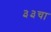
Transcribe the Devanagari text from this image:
३३चा